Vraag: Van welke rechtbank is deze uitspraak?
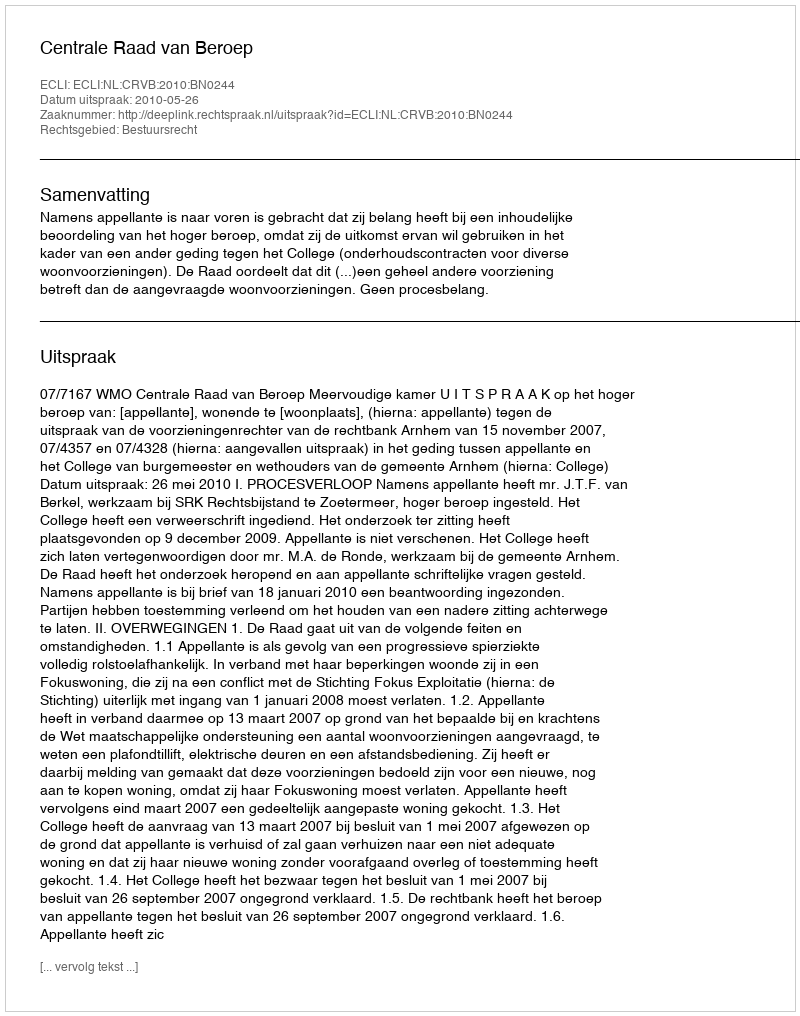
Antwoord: Centrale Raad van Beroep